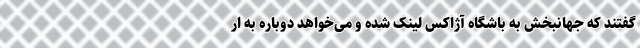
گفتند که جهانبخش به باشگاه آژاکس لینک شده و می‌خواهد دوباره به ار